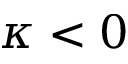
\kappa < 0